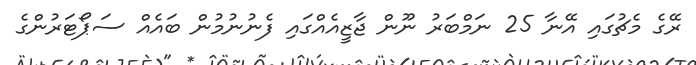
ރޭގެ މެޗުގައި އޭނާ 25 ނަމްބަރު ނޫން ޖާޒީއެއްގައި ފެނުނުމުން ބައެއް ސަޕޯޓަރުންގެ